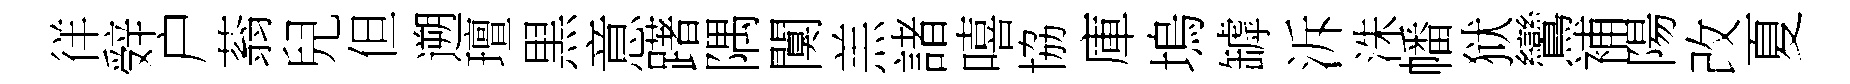
徉辤户蓊兒但遡璮黒意躇隅闃羔諸嘻協庫塢罅泝洙幡狱鸞補陽改夏